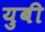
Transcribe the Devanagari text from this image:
युबी